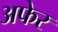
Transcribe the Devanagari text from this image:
अफेर